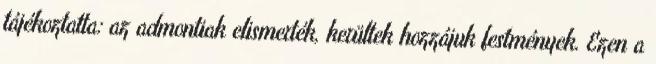
tájékoztatta: az admontiak elismerték, kerültek hozzájuk festmények. Ezen a